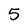
Character: 5